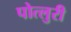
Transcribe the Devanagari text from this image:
पोत्लुरी